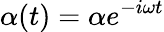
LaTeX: \alpha(t)=\alpha e^{-i\omega t}